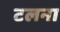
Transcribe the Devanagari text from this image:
टलना